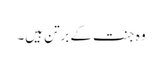
وہ جنت کے برتن ہیں۔